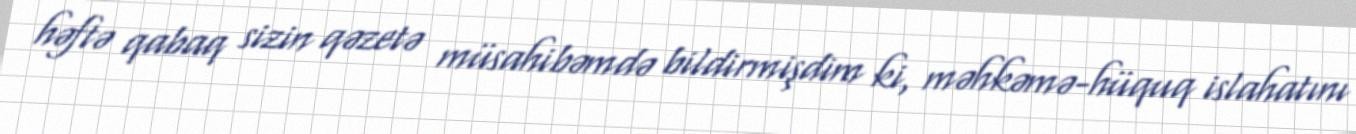
həftə qabaq sizin qəzetə müsahibəmdə bildirmişdim ki, məhkəmə-hüquq islahatını